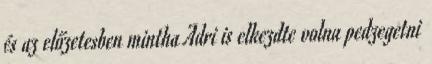
és az előzetesben mintha Adri is elkezdte volna pedzegetni